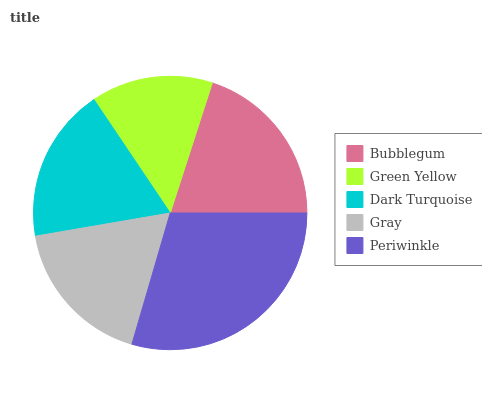
| Bubblegum | Green Yellow | Dark Turquoise | Gray | Periwinkle |
 | --- | --- | --- | --- | --- |
 | 20% | 14.4% | 18.3% | 17.8% | 29.4% |